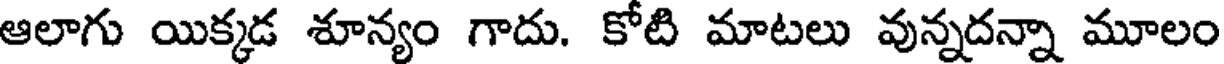
ఆలాగు యిక్కడ శూన్యం గాదు. కోటి మాటలు వున్నదన్నా మూలం